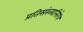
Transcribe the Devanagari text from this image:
प्रतिसंख्यानिरोध